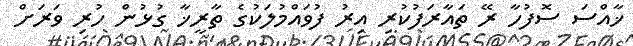
ޚާއްސަ ސޮފުހާ ރޭ ތައާރަފުކުރި އިރު ފުވައްމުލަކުގެ ތާރީޚާ ގުޅުން ހުރި ވަރަށް